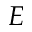
E